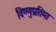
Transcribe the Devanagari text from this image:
विष्णुप्रतिमा